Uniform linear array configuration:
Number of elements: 48
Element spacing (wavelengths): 0.75
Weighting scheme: hamming
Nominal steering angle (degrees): -60
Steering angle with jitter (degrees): -58.503
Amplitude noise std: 0.05
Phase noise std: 0.05

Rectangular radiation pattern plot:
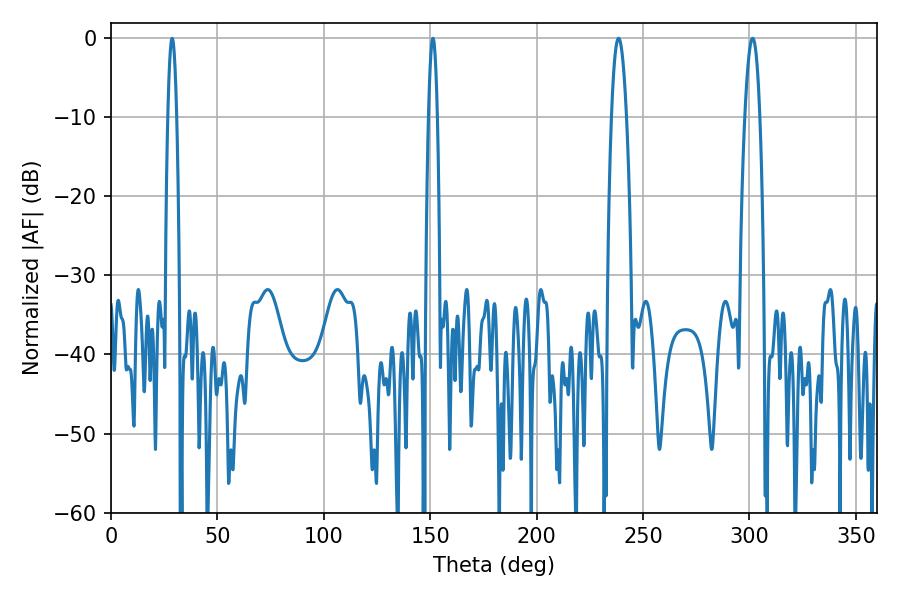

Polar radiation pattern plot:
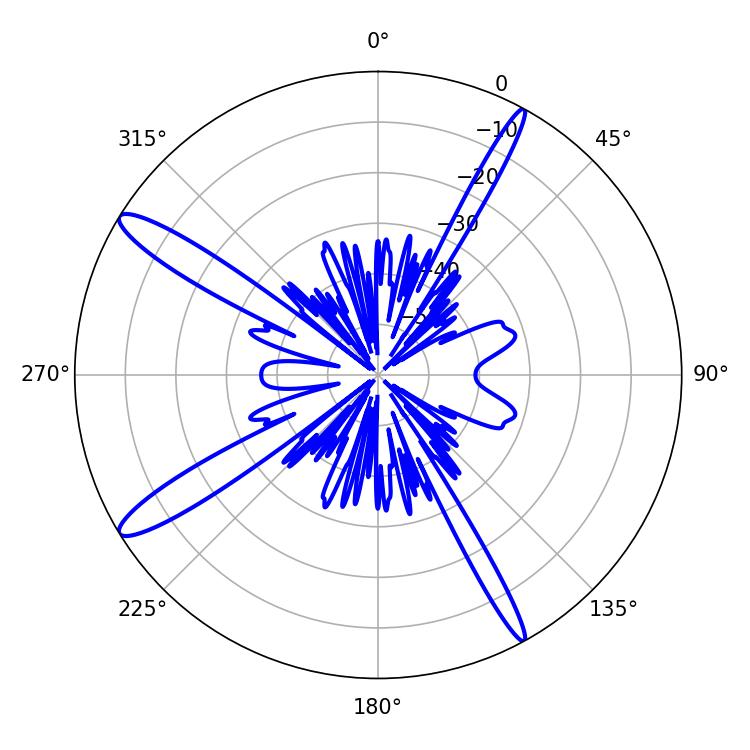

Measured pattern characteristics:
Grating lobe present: TRUE
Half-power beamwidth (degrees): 3.78
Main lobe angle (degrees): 238.5